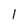
Character: l